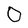
Character: O